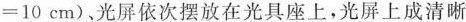
= 1 0 c m )$$、光屏依次摆放在光具座上，光屏上成清晰